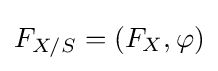
F_{X/S}=(F_{X},\varphi )